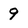
Character: 9